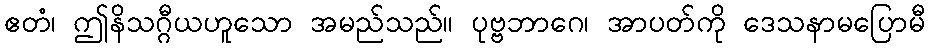
ဧတံ၊ ဤနိသဂ္ဂီယဟူသော အမည်သည်။ ပုဗ္ဗဘာဂေ၊ အာပတ်ကို ဒေသနာမပြောမီ